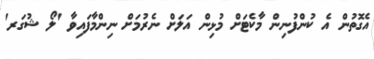
އެގޮތުން އެ ކުންފުނިން މާކެޓަށް މުޅިން އަލަށް ނެރުމަށް ނިންމާފައިވާ 'ލޯ ޝުގަރ'